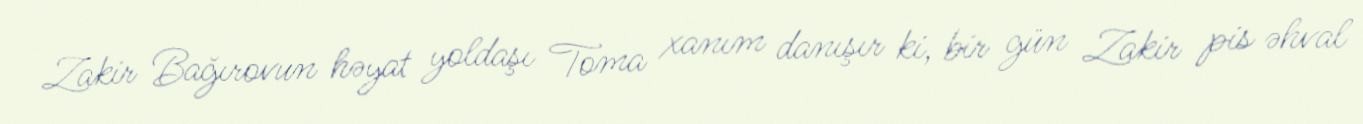
Zakir Bağırovun həyat yoldaşı Toma xanım danışır ki, bir gün Zakir pis əhval